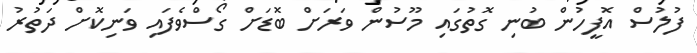
ފުލުސް އޮފީހުން ބުނި ގޮތުގައި މޫސުން ވަރަށް ބޮޑަށް ގޯސްވެފައި ވަނިކޮށް ދަތުރު